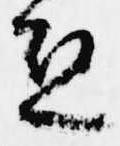
恐